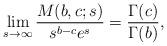
LaTeX: \begin{align*} \lim_{s\to \infty} \frac{M(b,c;s)}{s^{b-c}e^s} = \frac{\Gamma(c)}{\Gamma(b)}, \end{align*}